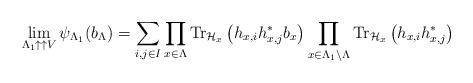
LaTeX: \begin{align*}\lim_{\Lambda_{1}\uparrow\uparrow V}\psi_{\Lambda_{1}}(b_{\Lambda})=\sum_{i,j\in I} \prod_{x\in \Lambda}\hbox{Tr}_{\mathcal{H}_{x}}\left(h_{x, i}h_{x, j}^* b_{x}\right)\prod_{x\in \Lambda_{1}\setminus\Lambda}\hbox{Tr}_{\mathcal{H}_{x}}\left(h_{x, i}h_{x, j}^* \right)\end{align*}